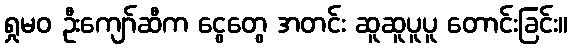
ရှုမဝ ဦးကျော်ဆီက ငွေတွေ အတင်း ဆူဆူပူပူ တောင်းခြင်း။